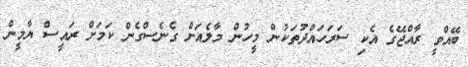
ބޭއްވީ ރާއްޖޭގެ އެކި ސަރަހައްދުތަކުން މީހުން މާލެއަށް ގެނެސްގެން ކަމަށް ރައީސް ޔާމީން